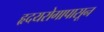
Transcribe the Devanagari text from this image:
हृदयरोगापासून